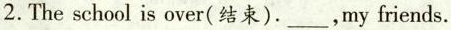
2.The school is over(结束). ___,my friends.